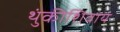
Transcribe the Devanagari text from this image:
थुंकीशिवाय